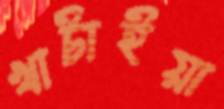
খাটাইয়া